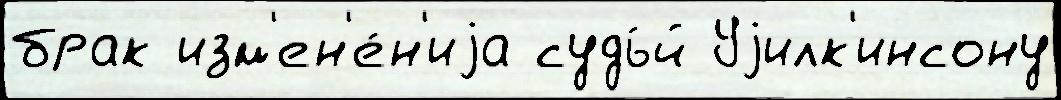
брак изм'ен'е́н'иjа судь́й Уjилк'инсону